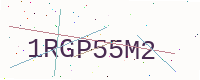
Text: 1RGP55M2